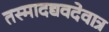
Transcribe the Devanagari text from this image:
तस्मादद्यवदेवात्र